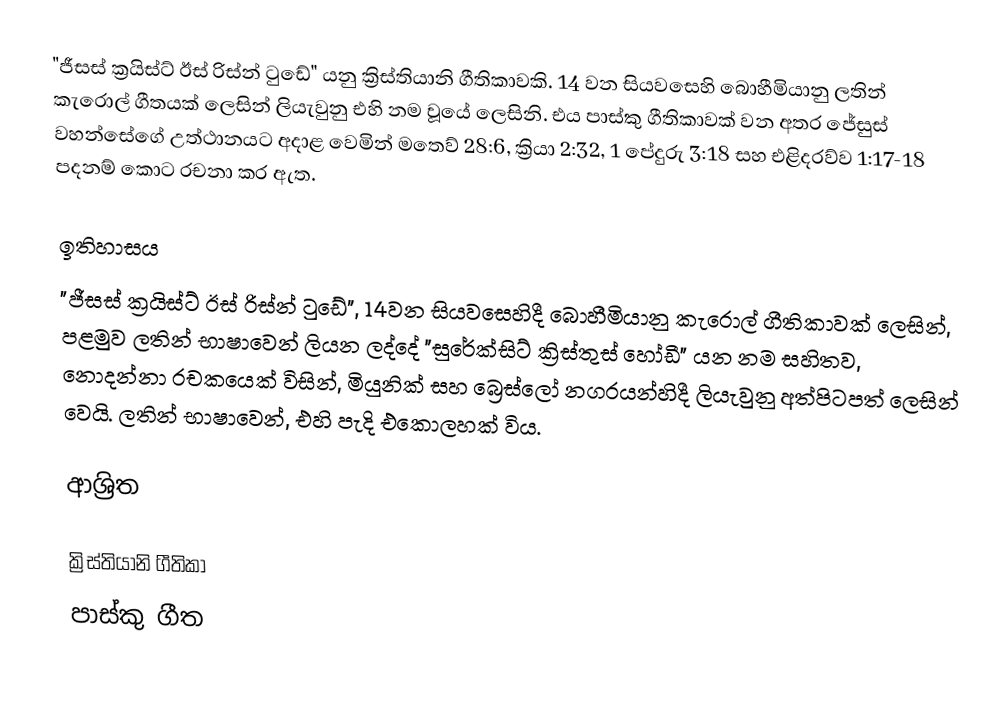
"ජීසස් ක්‍රයිස්ට් ඊස් රිස්න් ටුඩේ" යනු ක්‍රිස්තියානි  ගීතිකාවකි. 14 වන සියවසෙහි බොහීමියානු  ලතින් කැරොල් ගීතයක් ලෙසින් ලියැවුනු එහි නම වූයේ  ලෙසිනි.  එය පාස්කු ගීතිකාවක් වන අතර   ජේසුස් වහන්සේගේ  උත්ථානයට‍  අදාළ වෙමින් මතෙව් 28:6, ක්‍රියා 2:32, 1 පේදුරු 3:18 සහ එළිදරව්ව 1:17-18 පදනම් කොට රචනා කර ඇත.

ඉතිහාසය
"ජීසස් ක්‍රයිස්ට් ඊස් රිස්න් ටුඩේ", 14වන සියවසෙහිදී බොහීමියානු කැරොල් ගීතිකාවක් ලෙසින්,  පළමුව ලතින් භාෂාවෙන් ලියන ලද්දේ  "සුරේක්සිට් ක්‍රිස්තුස් හෝඩී" යන නම සහිතව, නොදන්නා රචකයෙක් විසින්,  මියුනික් සහ බ්‍රෙස්ලෝ නගරයන්හිදී   ලියැවුනු අත්පිටපත් ලෙසින් වෙයි. ලතින් භාෂාවෙන්, එහි පැදි එකොලහක් විය.

ආශ්‍රිත

ක්‍රිස්තියානි ගීතිකා
පාස්කු ගීත